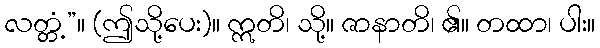
လတ္တံ့”။ (ဤသို့ပေး)။ ဣတိ၊ သို့။ ဇာနာတိ၊ ၏။ တထာ၊ ပါး။